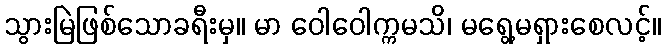
သွားမြဲဖြစ်သောခရီးမှ။ မာ ဝေါဝေါက္ကမသိ၊ မရွေ့မရှားစေလင့်။